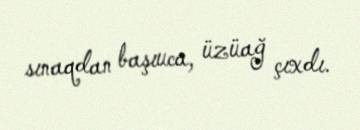
sınaqdan başıuca, üzüağ çıxdı.